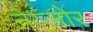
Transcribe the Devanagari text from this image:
नेय्लोर